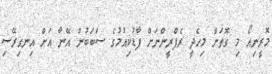
މޮރީނިއޯ މި ގޮތަށް މިހެދީ ރެފްރީންނަށް ފާޑުކިއުމުގެ ސަބަބުން އޭނާ އަށް އިނގިރޭސި